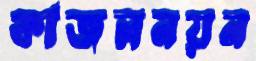
কাজলনয়ন